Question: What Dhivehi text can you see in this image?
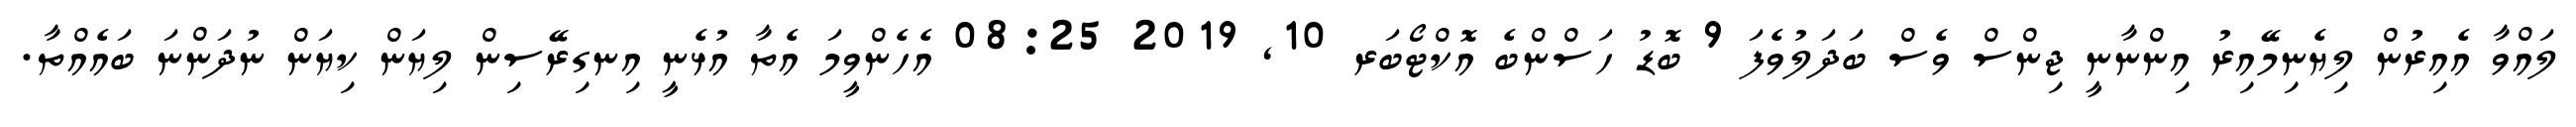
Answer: ލައްވާ އެއިރުން ލިޔެނިމޭއިރު އިންނާނީ ޖިންސް ވެސް ބަދަލުވެފަ 9 ބޮޑު ހަސްންބެ އޮކްޓޯބަރ 10, 2019 08:25 އެހެންވީމަ އެތާ އުޅެނީ އިނގިރޭސިން ލިޔަން ކިޔަން ނުދަންނަ ބައެއްތާ.